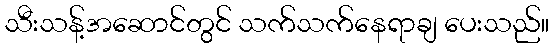
သီးသန့်အဆောင်တွင် သက်သက်နေရာချ ပေးသည်။